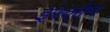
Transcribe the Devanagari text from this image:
इस्लोन